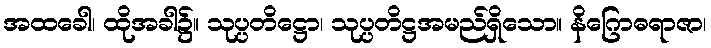
အထခေါ၊ ထိုအခါ၌။ သုပ္ပတိဋ္ဌော၊ သုပ္ပတိဋ္ဌအမည်ရှိသော။ နိဂြောဓရာဇာ၊